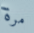
مرة